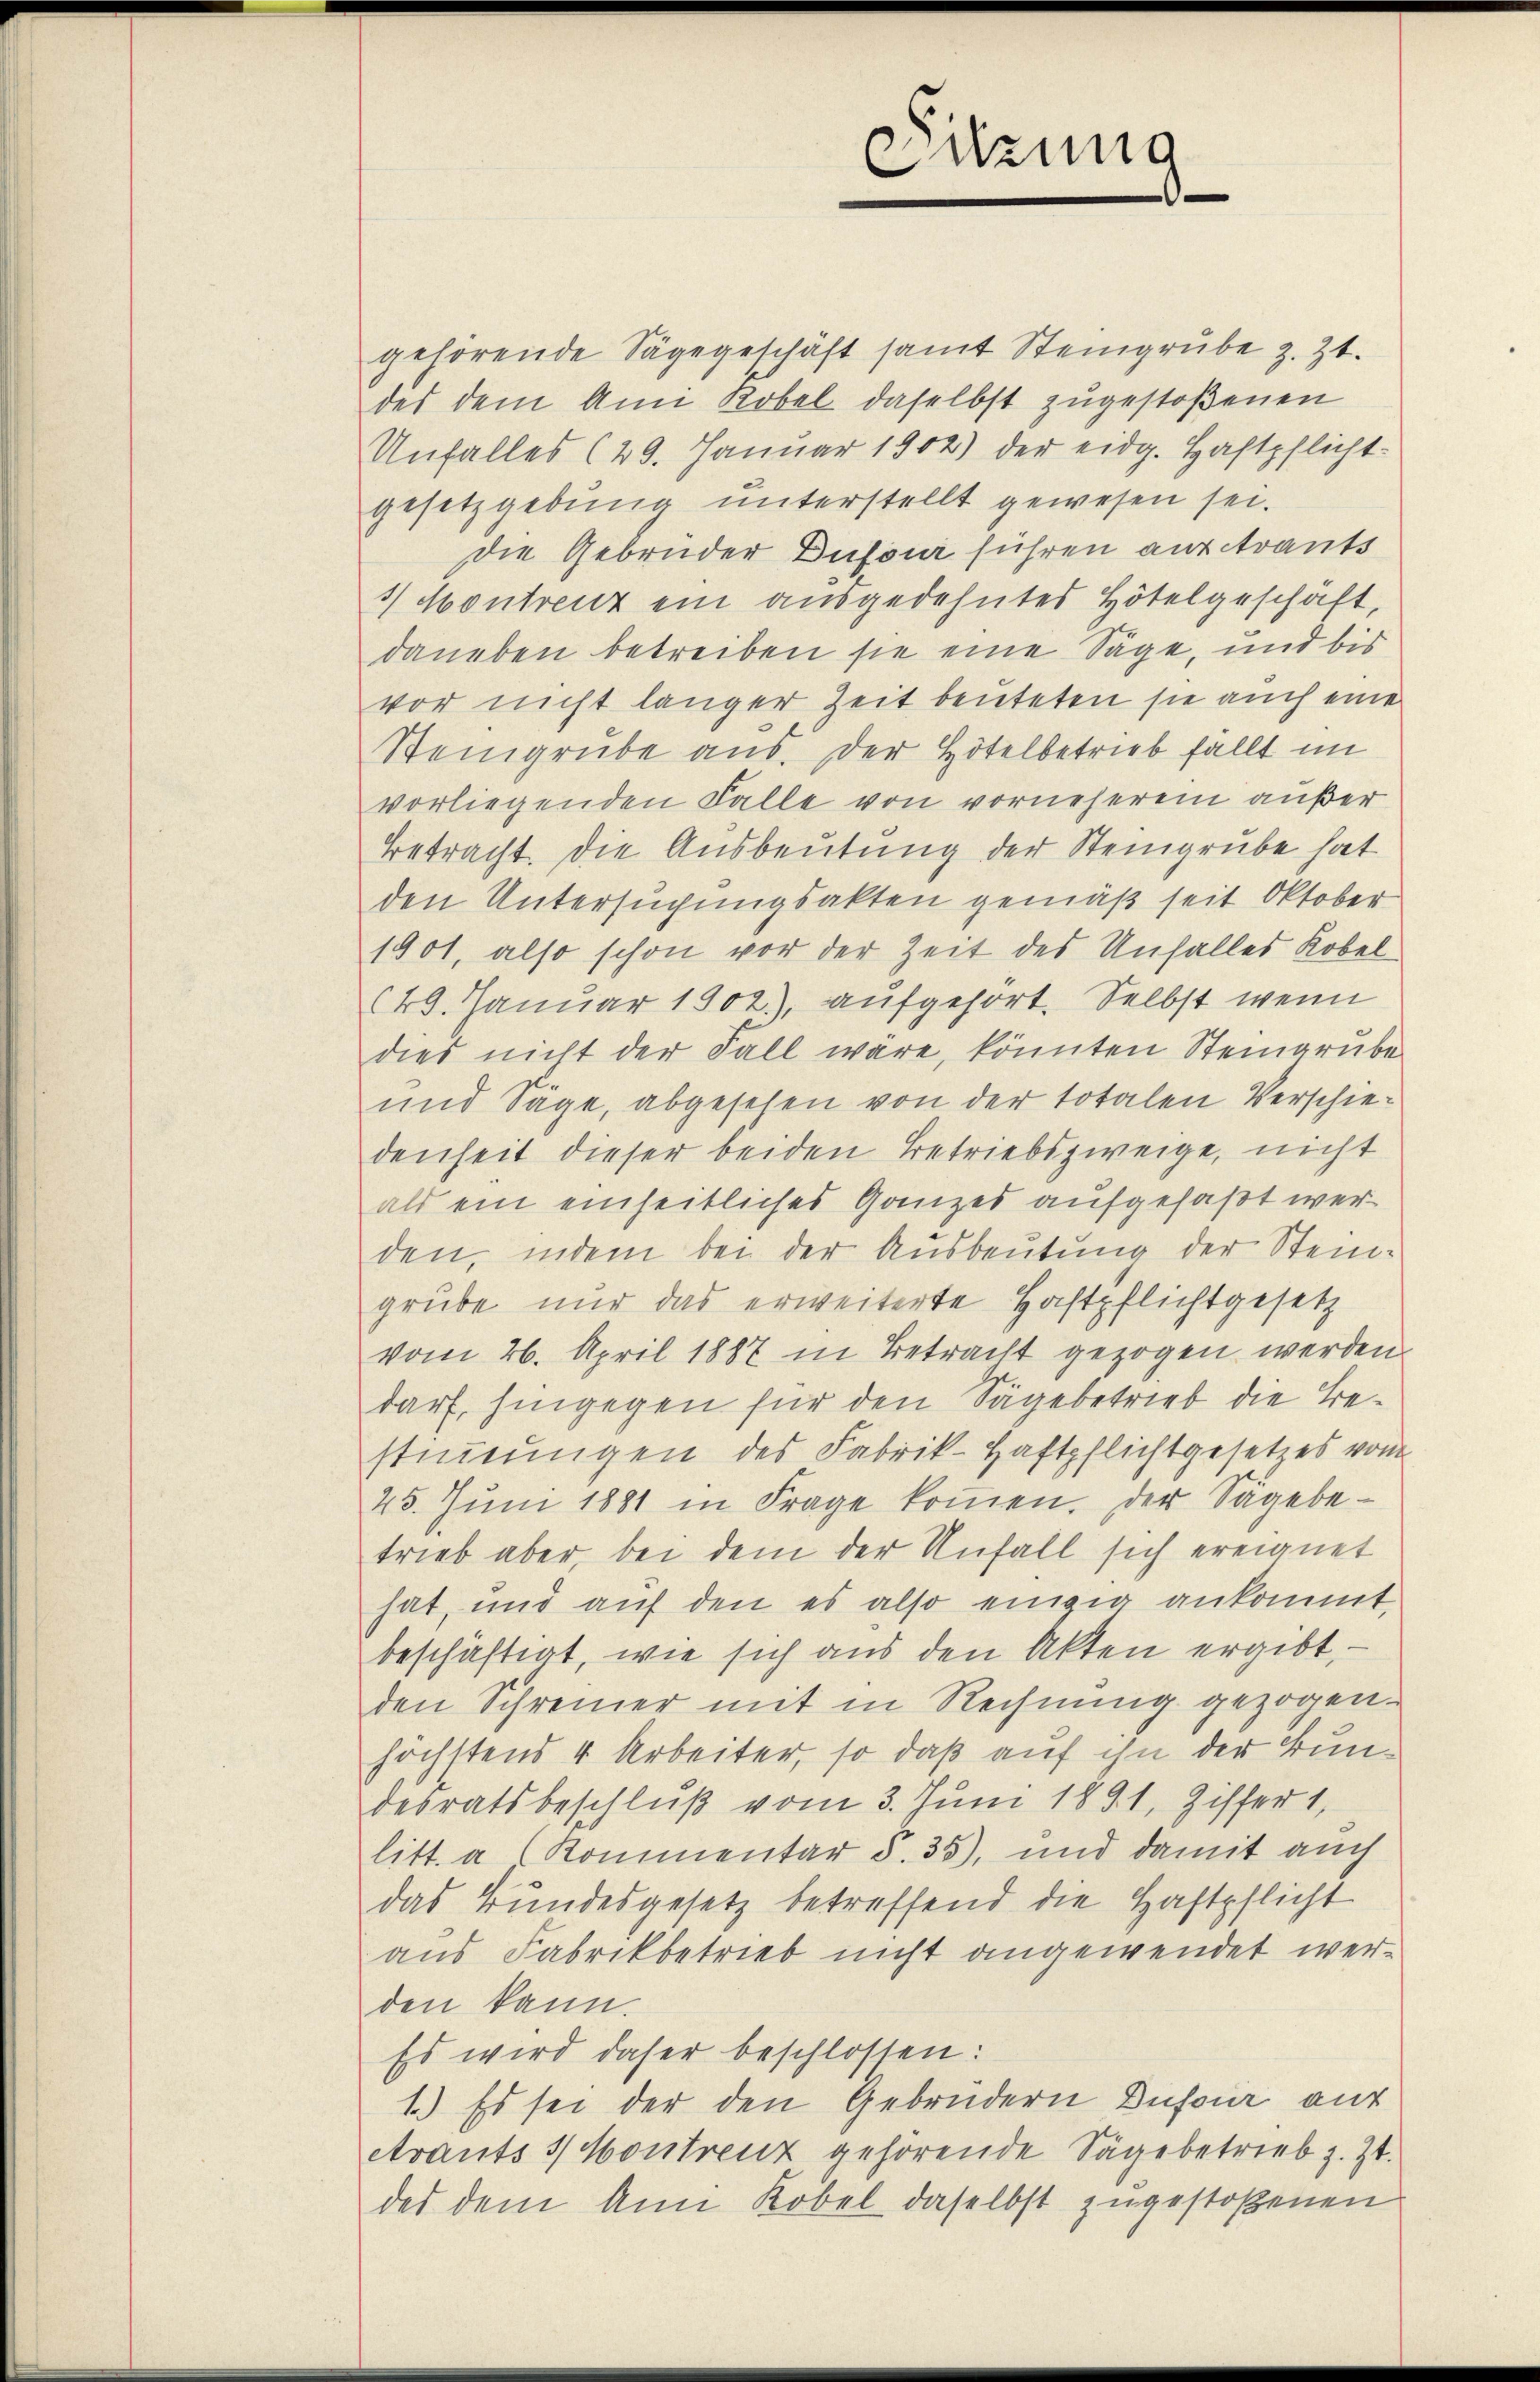
gehörende Sägegeschäft samt Steingrube z. Zt.
des dem Ami Kobel daselbst zugestoßenen
Unfalles (29. Januar 1902) der eidg. Haftpflicht-
gesetzgebung unterstellt gewesen sei.
Die Gebrüder Dufour führen aus trauts
1 Montrenz ein ausgedehntes Hotelgeschäft,
daneben betreiben sie eine Säge, und bis
vor nicht langer Zeit beuteten sie auch eine
Steingrube aus. Der Hotel betrieb fällt im
vorliegenden Falle von vorneheren außer
Betracht. Die Ausbeutung der Steingrube hat
den Untersuchungsakten gemäß seit Oktober
1901, also schon vor der Zeit des Unfalles Kobel
40. Januar 1902), aufgehört. Selbst wenn
dies nicht der Fall wäre, könnten Steinarübe
und Säge, abgesehen von der totalen Verschiedenheit dieser beiden Betriebszweige, nicht
als ein einheitliches Ganzes aufgefaßt werden, indem bei der Ausbeutung der Steingrube nur das erweiterte Haftpflichtgesetz
vom 26. April 1887 in Betracht gezogen werden
darf, hingegen für den Sägebetrieb die Bestimmungen des Fabrik-Haftpflichtgesetzes vom
25. Juni 1881 in Frage koṁen. Der Sägebetrieb aber bei dem der Unfall sich ereignet
hat, und auf den es also einzig ankommt
beschäftigt, wie sich aus den Akten ergibt,
den Schreiner mit in Rechnung gezogen.
höchstens 4 Arbeiter, so daß auf ihn der Bundesratsbeschluß vom 3. Juni 1891, Ziffer 1,
litt. a (Kommentar §. 35), und damit auch
das Bundesgesetz betreffend die Haftpflicht
aus Fabrikbetrieb nicht angewendet werden kann.
Es wird daher beschlossen:
1.) Es sei der den Gebrüdern Dufour auf
Avants 3 Montreuz gehörende Sägebetrieb z. Zt.
des dem Ann Kobel daselbst zugestoßenen

Sitzung